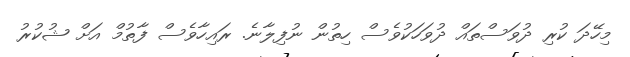
މިހޭދަ ކުރި ދުވަސްތައް ދުވަހަކުވެސް ހިތުން ނުފިލާނެ. ރައިހާވެސް ފާތުމް އަށް ޝުކުރު